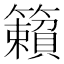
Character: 籟